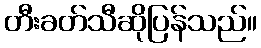
တီးခတ်သီဆိုပြန်သည်။